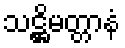
သဋ္ဌိမတ္တာနံ